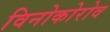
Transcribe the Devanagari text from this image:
विनोकोरोव